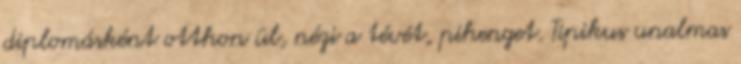
diplomásként otthon ül, nézi a tévét, pihenget. Tipikus unalmas